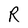
Character: R